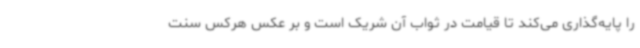
را پایه‌گذاری می‌کند تا قیامت در ثواب آن شریک است و بر عکس هرکس سنت